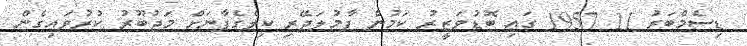
ޑިސެމްބަރު 11 1957 ގައި ބޮޑުވަޒީރު ކަމުން ފާމުލަދޭރި ކިލެގެފާނަށް މަޖުބޫރު ކުރުވައިގެން